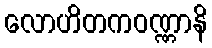
လောဟိတကဝဏ္ဏာနိ